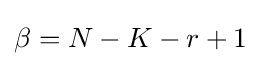
\beta =N-K-r+1